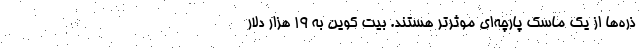
ذره‌ها از یک ماسک پارچه‌ای موثرتر هستند. بیت کوین به 19 هزار دلار